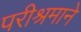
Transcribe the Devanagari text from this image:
परीश्रमाने